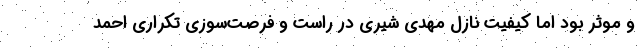
و موثر بود اما کیفیت نازل مهدی شیری در راست و فرصت‌سوزی تکراری احمد